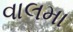
વાલમા